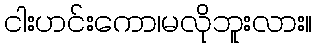
ငါးဟင်းကော၊မလိုဘူးလား။